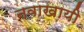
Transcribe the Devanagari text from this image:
नवाखायी